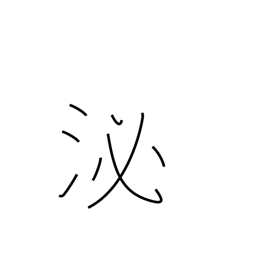
Meaning: soak in